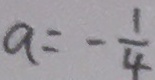
a = - \frac { 1 } { 4 }